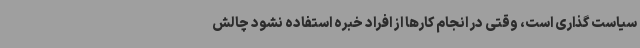
سیاست گذاری است، وقتی در انجام کارها از افراد خبره استفاده نشود چالش